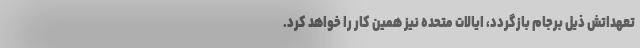
تعهداتش ذیل برجام بازگردد، ایالات متحده نیز همین کار را خواهد کرد.